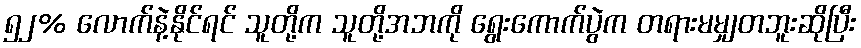
၅၂% လောက်နဲ့နိုင်ရင် သူတို့က သူတို့အဘကို ရွေးကောက်ပွဲက တရားမမျှတဘူးဆိုပြီး